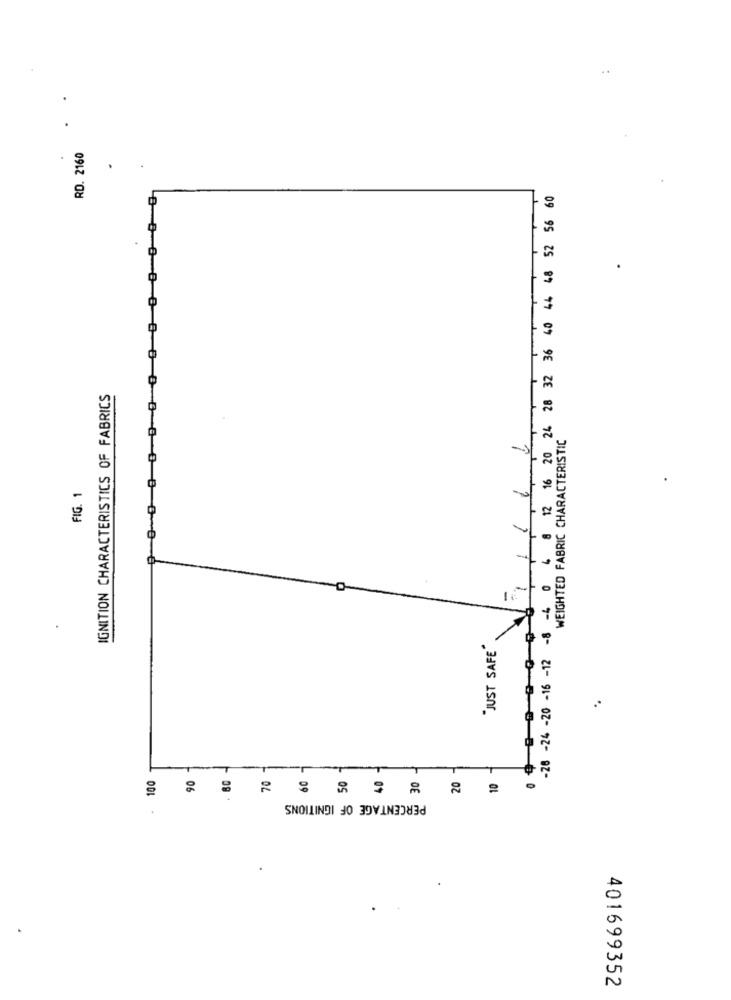
..
RD. 2160
4 8 12 16 20 24 28 32 36 40 44 48 52 56 60
00 0
IGNITION CHARACTERISTICS OF FABRICS
WEIGHTED FABRIC CHARACTERISTIC
FIG. 1
-28 -24 -20 -16 -12 -8 -4 0
"JUST SAFE"
100
-r
40
20
10
PERCENTAGE OF IGNITIONS
401699352